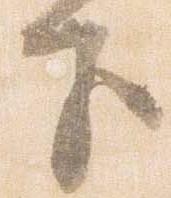
子